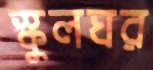
স্কুলঘর